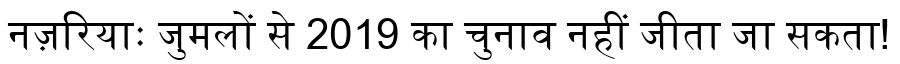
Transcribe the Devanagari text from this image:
नज़रियाः जुमलों से 2019 का चुनाव नहीं जीता जा सकता!